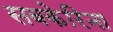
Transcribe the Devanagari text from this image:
सबकेरिना